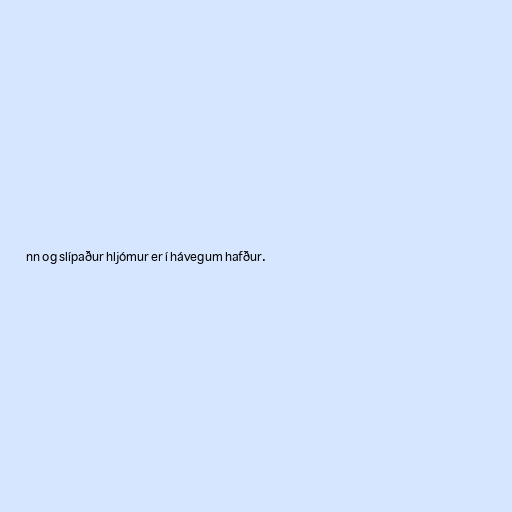
nn og slípaður hljómur er í hávegum hafður.